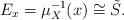
LaTeX: \begin{align*}E_x=\mu_X^{-1}(x)\cong \tilde{S}. \end{align*}